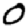
Digit: 0